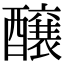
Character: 醸